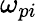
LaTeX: \omega_{pi}